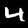
Label: 4